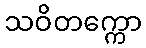
သဝိတက္ကော